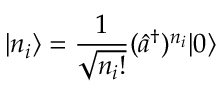
| n _ { i } \rangle = \frac { 1 } { \sqrt { n _ { i } ! } } ( \hat { a } ^ { \dag } ) ^ { n _ { i } } | 0 \rangle